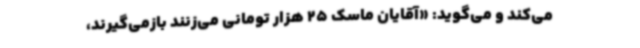
می‌کند و می‌گوید: «آقایان ماسک 25 هزار تومانی می‌زنند بازمی‌گیرند،